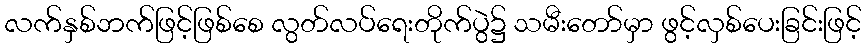
လက်နှစ်ဘက်ဖြင့်ဖြစ်စေ လွတ်လပ်ရေးတိုက်ပွဲ၌ သမီးတော်မှာ ဖွင့်လှစ်ပေးခြင်းဖြင့်